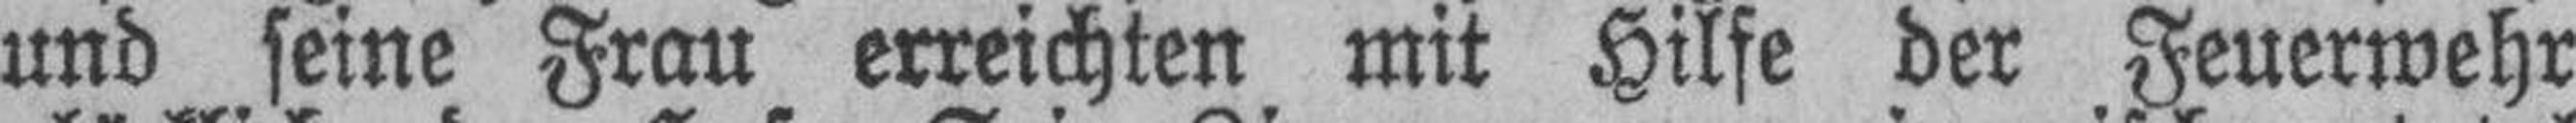
und seine Frau erreichten mit Hilfe der Feuerwehr